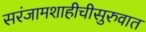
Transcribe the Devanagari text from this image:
सरंजामशाहीचीसुरुवात